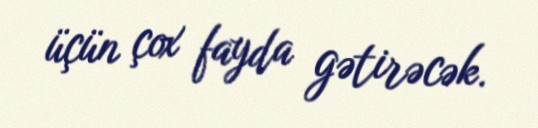
üçün çox fayda gətirəcək.